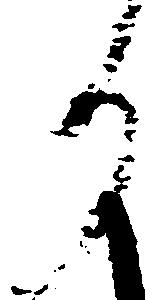
り